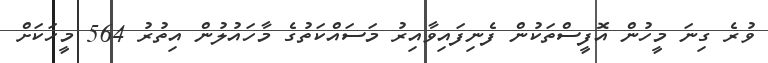
ވުރެ ގިނަ މީހުން އޮފީސްތަކުން ފެނިފައިވާއިރު މަސައްކަތުގެ މާހައުލުން އިތުރު 564 މީހަކަށް